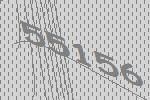
55156